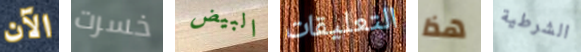
الآن خسرت البيض التعليقات هذا الشرطية